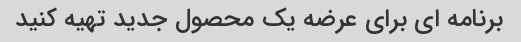
برنامه ای برای عرضه یک محصول جدید تهیه کنید